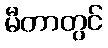
မီတာတွင်